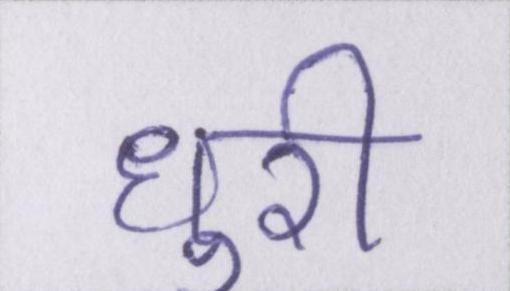
धुरी